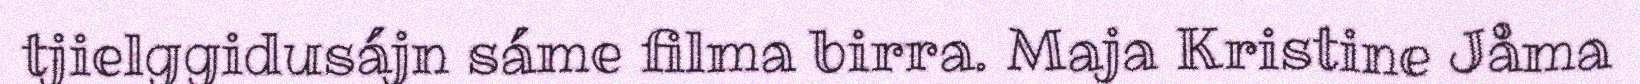
tjielggidusájn sáme filma birra. Maja Kristine Jåma